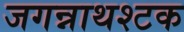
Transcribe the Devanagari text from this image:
जगन्नाथश्टक